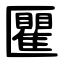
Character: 匷